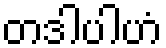
တဒါပါဟံ